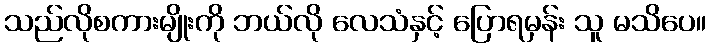
သည်လိုစကားမျိုးကို ဘယ်လို လေသံနှင့် ပြောရမှန်း သူ မသိပေ။